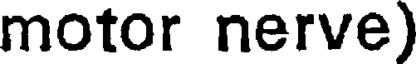
motor nerve)